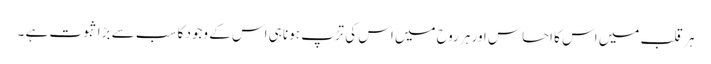
ہر قلب میں اس کا احساس اور ہر روح میں اس کی تڑپ ہونا ہی اس کے وجود کا سب سے بڑا ثبوت ہے ۔